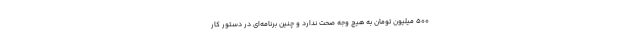
۵۰۰ میلیون تومان به هیچ وجه صحت ندارد و چنین برنامه‌ای در دستور کار